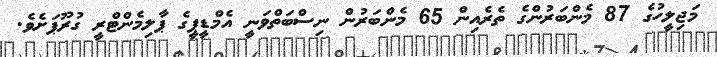
މަޖިލީހުގެ 87 މެންބަރުންގެ ތެރެއިން 65 މެންބަރުން ނިސްބަތްވަނީ އެމްޑީޕީގެ ޕާލިމެންޓްރީ ގުރޫޕަށެވެ.